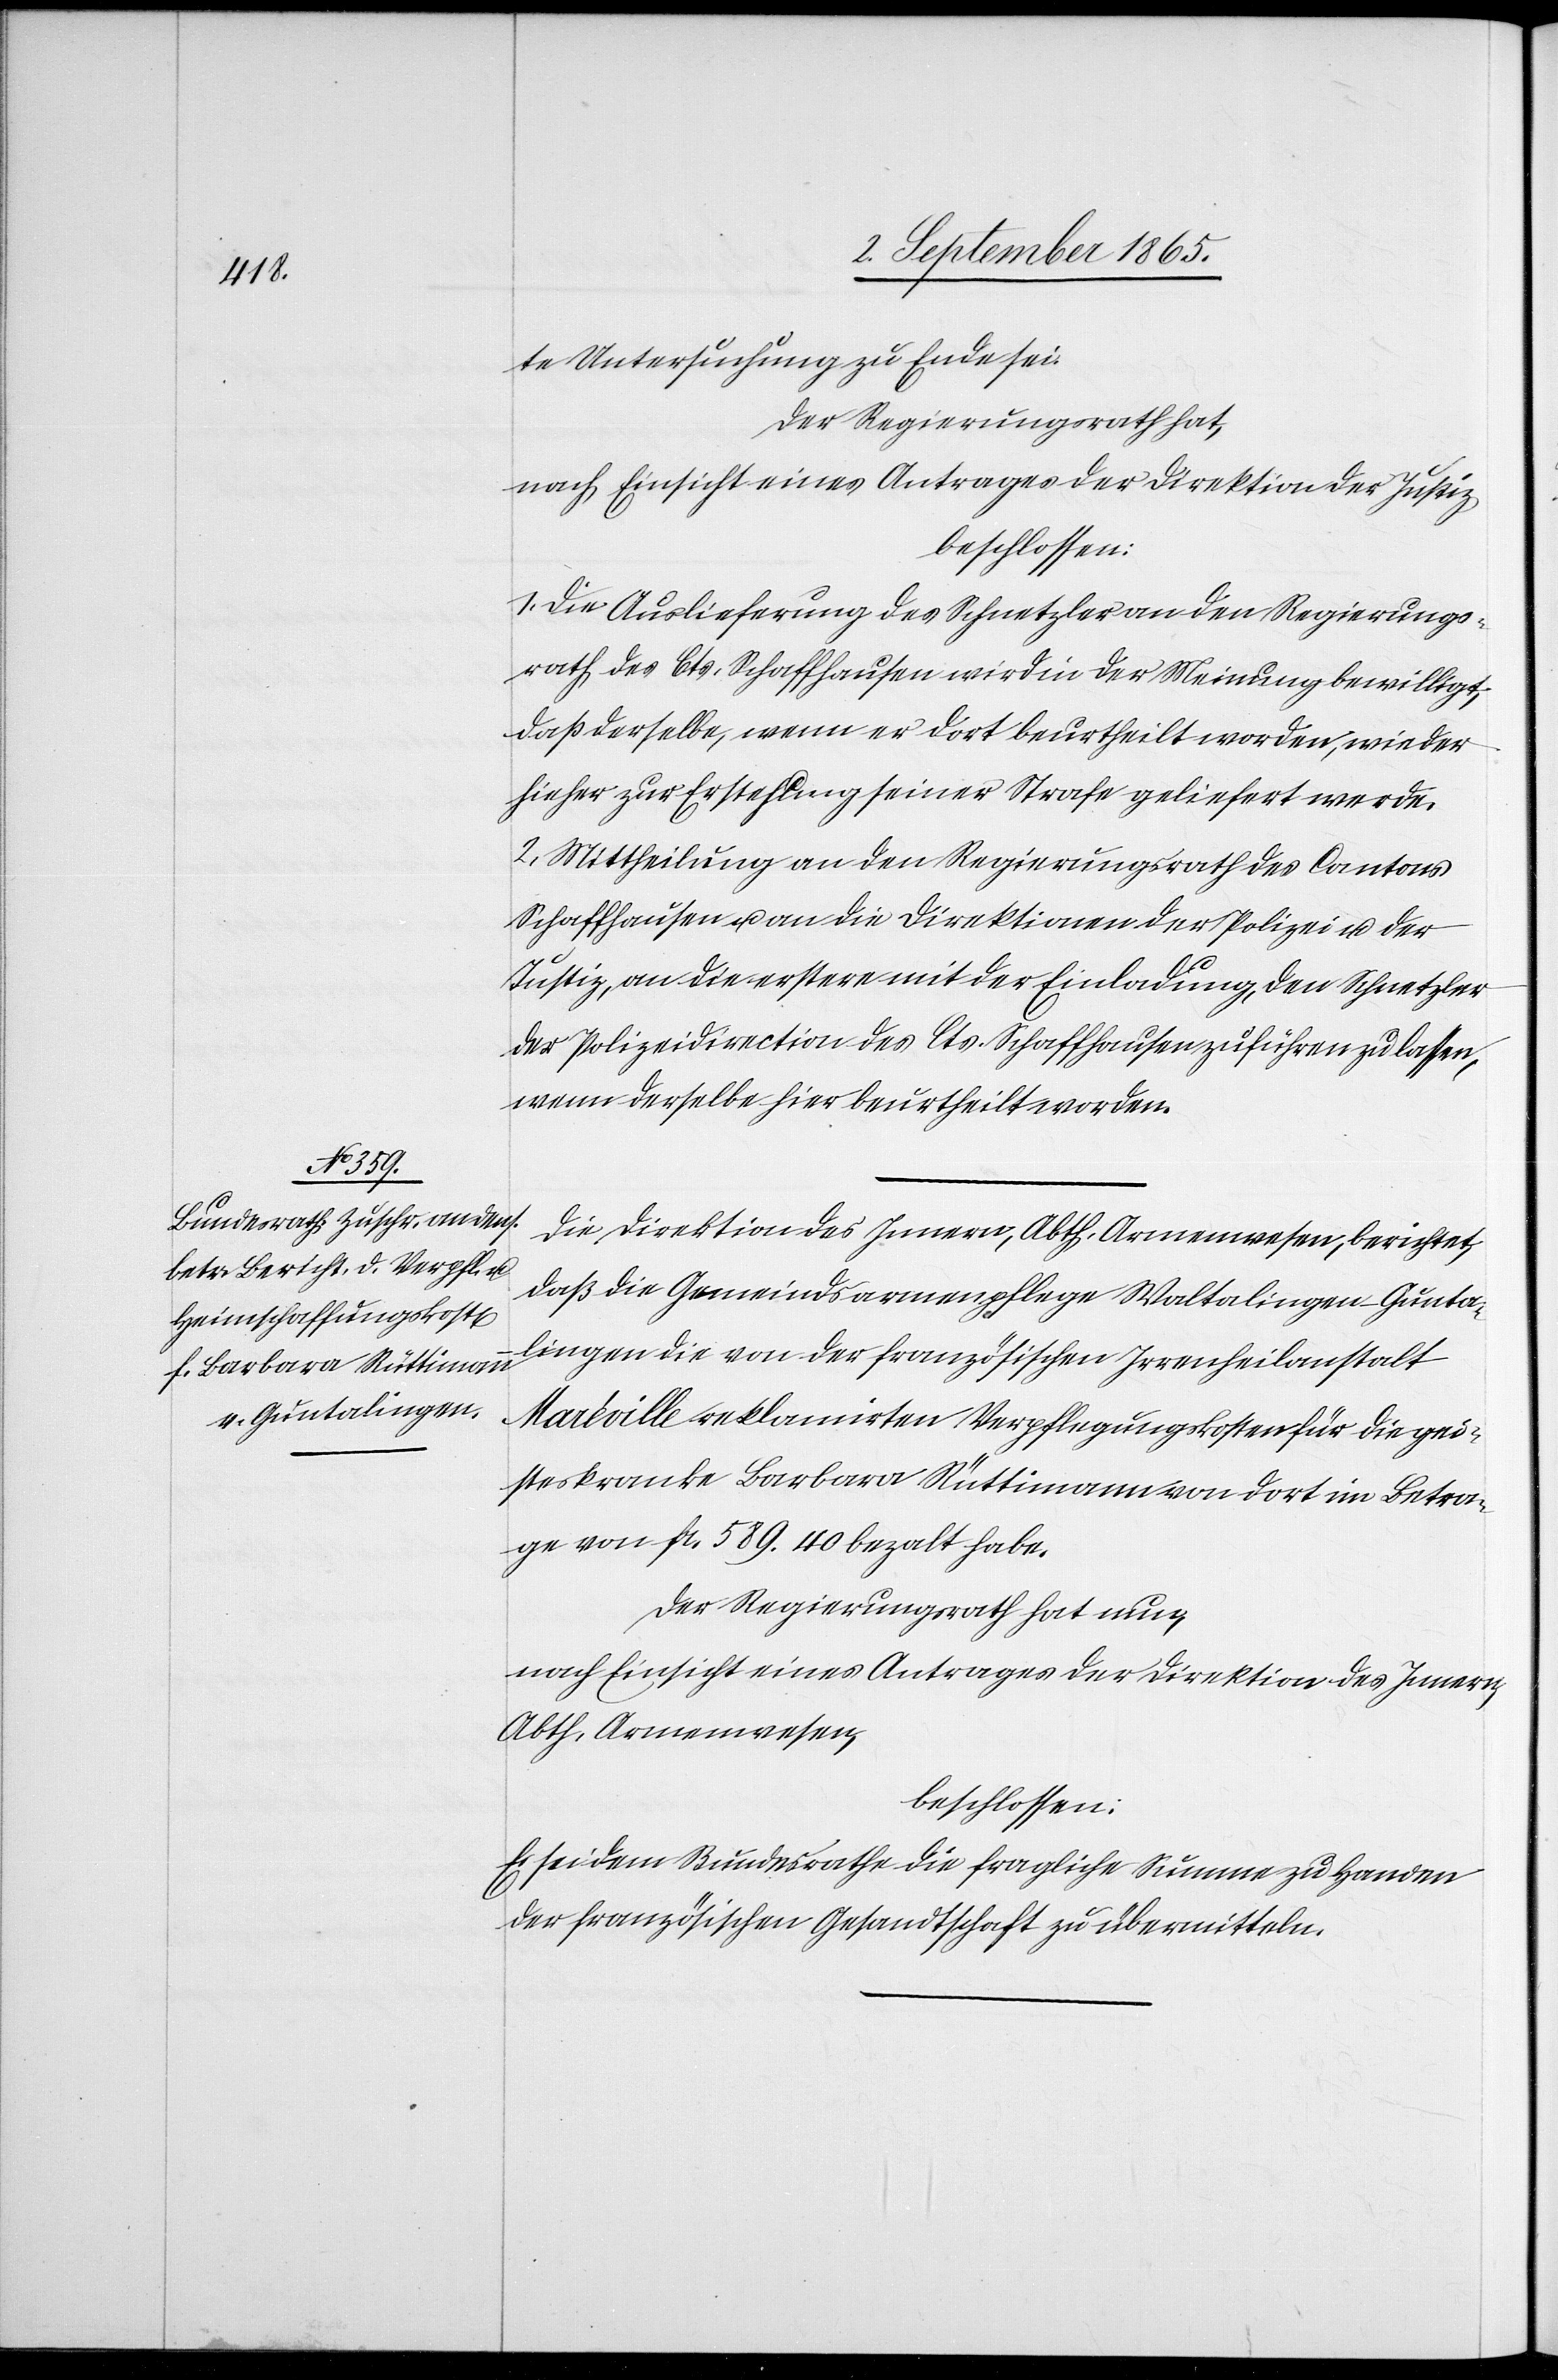
te Untersuchung zu Ende sei.
Der Regierungsrath hat,
nach Einsicht eines Antrages der Direktion der Justiz
beschlossen:
1. Die Auslieferung des Schnetzler an den Regierungs¬
rath des Cts. Schaffhausen wird in der Meinung bewilligt,
daß derselbe, wenn er dort beurtheilt worden, wieder
hieher zur Erstehung seiner Strafe geliefert werde.
2. Mittheilung an den Regierungsrath des Cantons
Schaffhausen u. an die Direktion der Polizei u. der
Justiz, an die erster mit der Einladung, den Schnetzler
der Polizeidirektion des Cts. Schaffhausen zuführen zu lassen,
wenn derselbe hier beurtheilt worden.
Die Direktion des Innern, Abth. Armenwesen, berichtet,
daß die Gemeindsarmenpflege Waltalingen-Gunta¬
lingen die von der französischen Irrenheilanstalt
Maréville reklamirten Verpflegungskosten für die gei¬
steskranke Barbara Rüttimann von dort im Betra¬
ge von fr. 589. 40 bezalt habe.
Der Regierungsrath hat nun,
nach Einsicht eines Antrages der Direktion des Innern,
Abth. Armenwesen,
beschlossen:
Es sei dem Bundesrathe die fragliche Summe zu Handen
der französischen Gesandtschaft zu übermitteln.